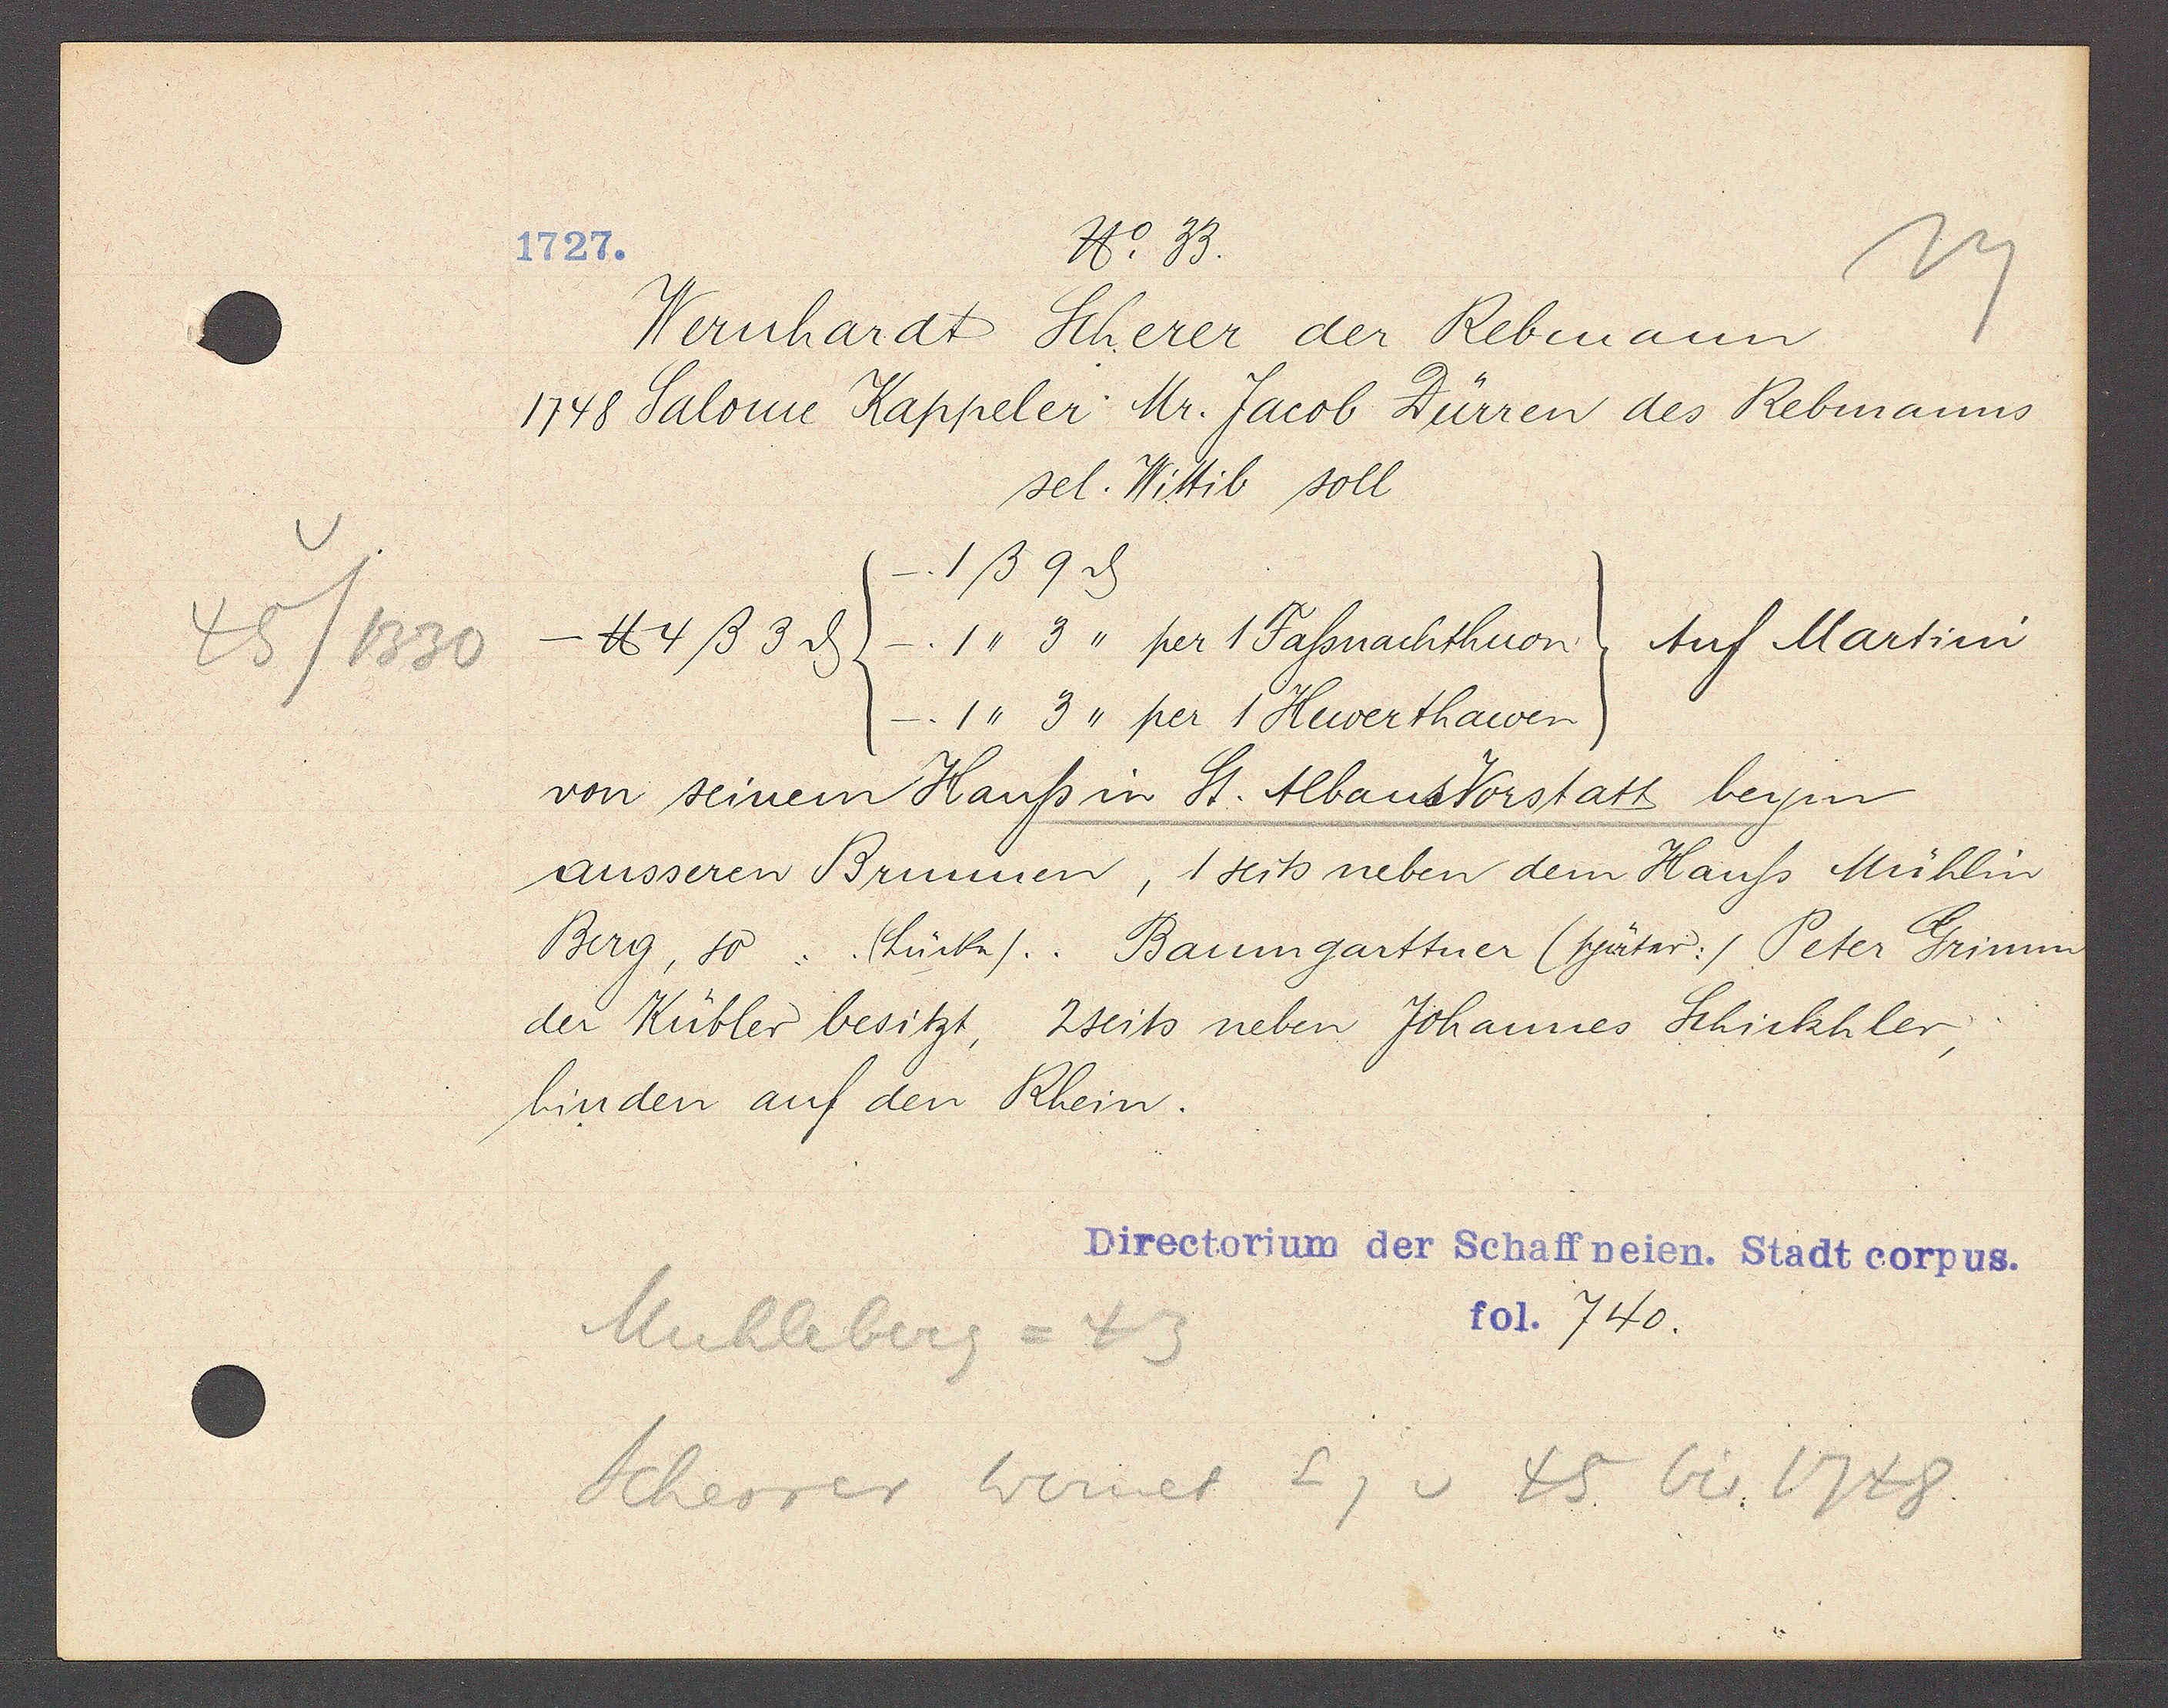
Transcript:
45/1330

1727.
No. 33.

Wernhardt Scherer der Rebmann
1748 Salome Kappeler: Mr. Jacob Dürren des Rebmanns
sel. Wittib soll
1ß 9ȡ
Auf Martini
℔ 4ß 3ȡ -1,, 3,, per 1 Fassnachthuon
1,, 3,, per 1 Huverthawen
von seinem Hauss in St. Albansvorstatt beym
ausseren Brunnen, 1 seits neben dem Hauss Mühlin
Berg, so. (Lücke) Baumgarttner (später:/ Peter Grimm
der Kübler besitzt, 2seits neben Johannes Schickhler,
hinden auf den Rhein.

Directorium der Schaffneien. Stadt corpus.
fol. 740.

Muhleberg = 43
Scherrer Wernet Eg v 45 bis 1748